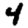
Digit: 4